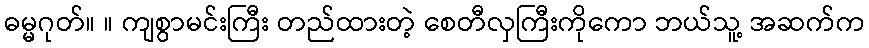
ဓမ္မဂုတ်။ ။ ကျစွာမင်းကြီး တည်ထားတဲ့ စေတီလှကြီးကိုကော ဘယ်သူ့ အဆက်က